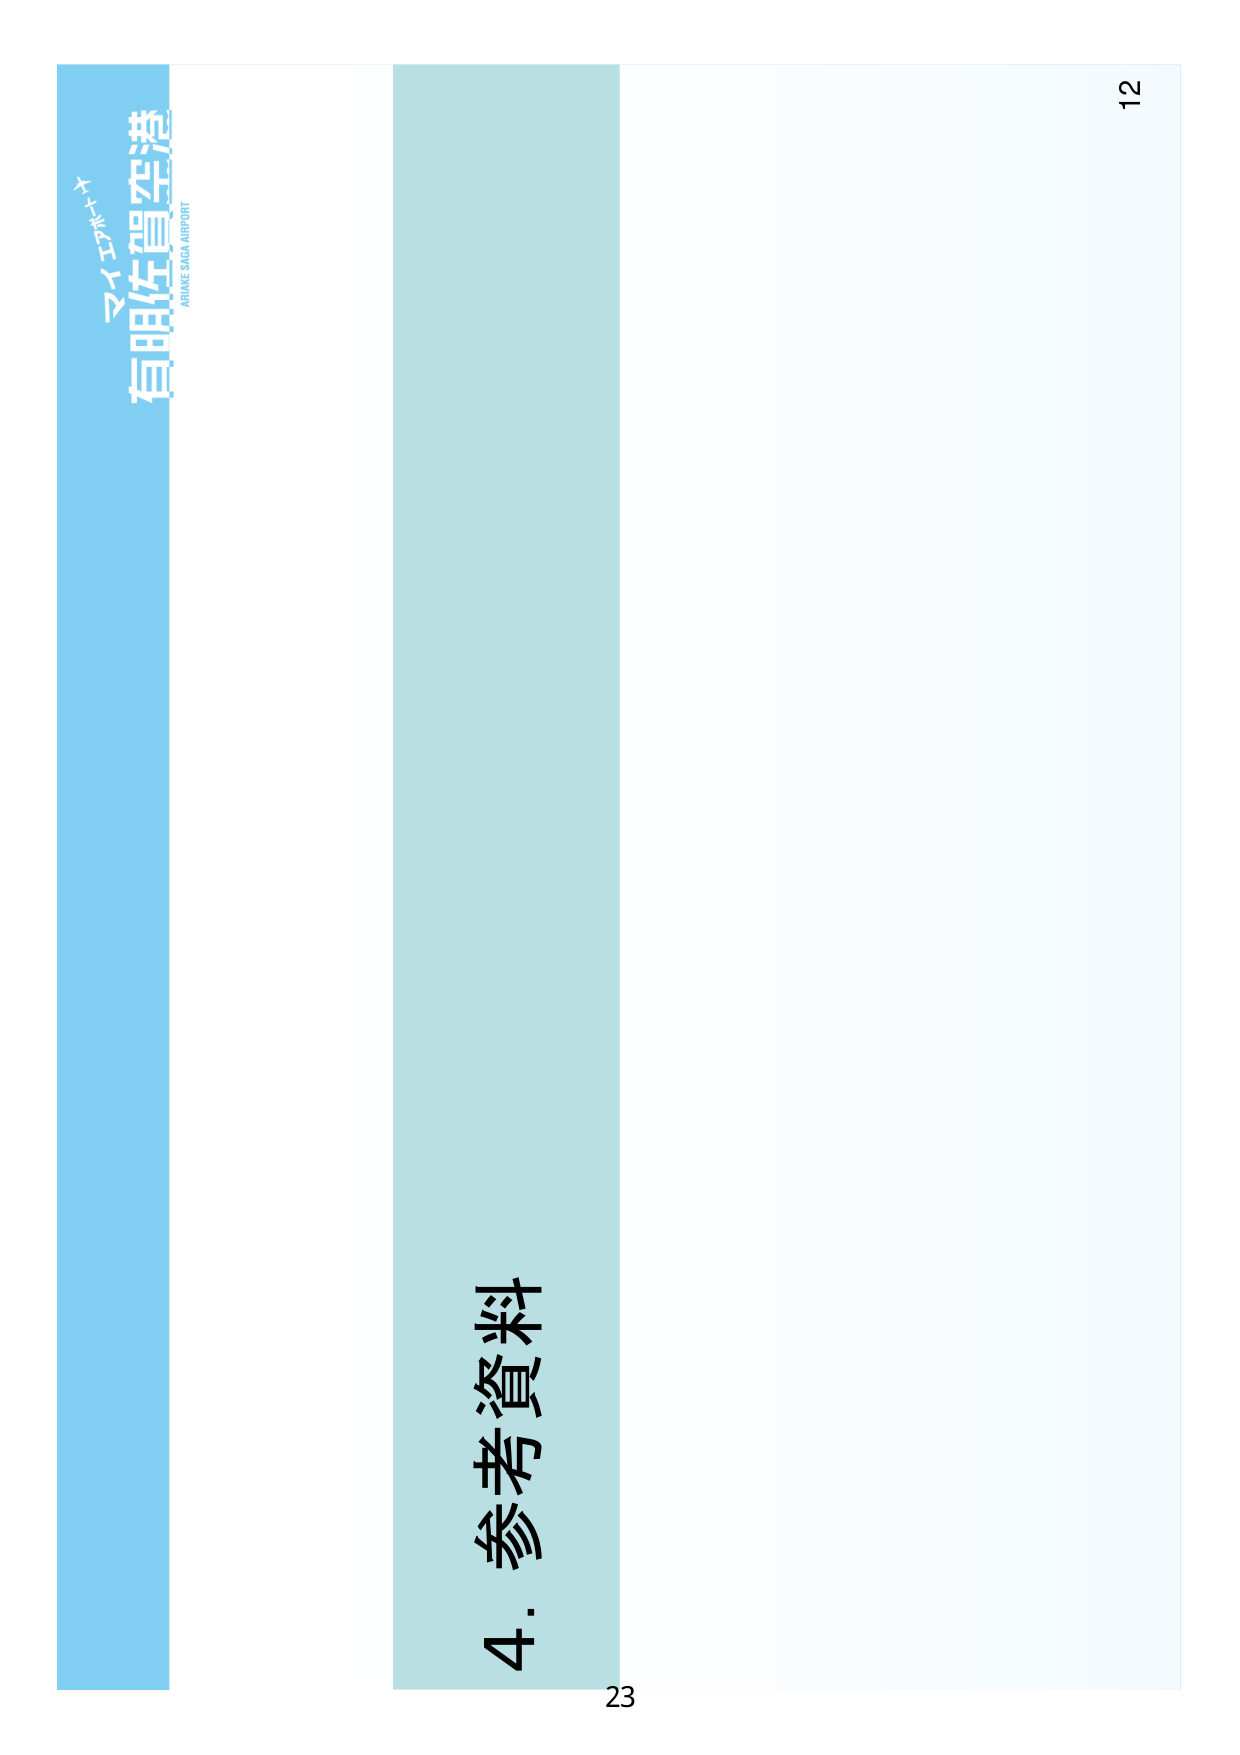
マイナビ
有明佐賀空港
ARUAKI SAGA AIRPORT
4. 参考資料
23
12